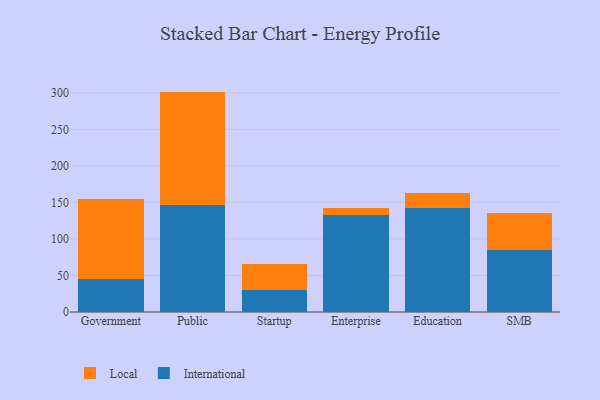
{"axis": {"x": "Segment", "y": "Conversion Rate (%)"}, "legend": ["International", "Local"], "data": [{"x": "Government", "y": 45.6, "type": "International"}, {"x": "Government", "y": 109.7, "type": "Local"}, {"x": "Public", "y": 146.8, "type": "International"}, {"x": "Public", "y": 154.8, "type": "Local"}, {"x": "Startup", "y": 30.3, "type": "International"}, {"x": "Startup", "y": 35.1, "type": "Local"}, {"x": "Enterprise", "y": 133.4, "type": "International"}, {"x": "Enterprise", "y": 9.1, "type": "Local"}, {"x": "Education", "y": 141.9, "type": "International"}, {"x": "Education", "y": 21.0, "type": "Local"}, {"x": "SMB", "y": 85.1, "type": "International"}, {"x": "SMB", "y": 49.7, "type": "Local"}]}